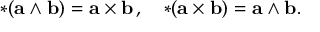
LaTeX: { * ( \mathbf { a } \wedge \mathbf { b } ) } = \mathbf { a \times b } \, , \quad { * ( \mathbf { a \times b } ) } = \mathbf { a } \wedge \mathbf { b } .